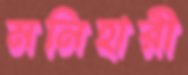
মনিহারী